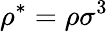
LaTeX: \rho^{*}=\rho\sigma^{3}